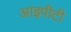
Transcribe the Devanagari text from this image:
आइपीटी